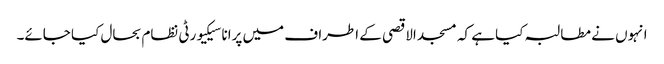
انہوں نے مطالبہ کیا ہے کہ مسجد الاقصی کے اطراف میں پرانا سیکیورٹی نظام بحال کیا جائے۔